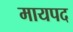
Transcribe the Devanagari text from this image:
मायपद